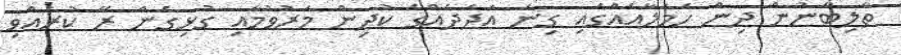
ތާލިބާނުން ދިން ހަމަލާއެއްގައި ގިނަ އަދަދެއްގެ ކުދިން މަރުވުމާއި ގުޅިގެން ރޭ ކުރެއްވި